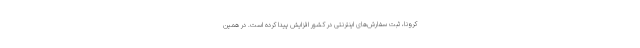
کرونا، ثبت سفارش‌های اینترنتی در کشور افزایش پیدا کرده است. در همین